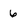
Character: 6